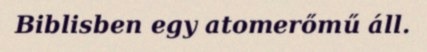
Biblisben egy atomerőmű áll.